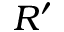
R ^ { \prime }